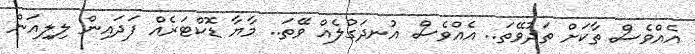
އެއްވެސް ތާކަށް ތަދުވޭތަ.. އެއްވެސް އުނދަގުލެއް ވޭތަ.. މާޔާ ޑޮކްޓަރެއް ފަދައިން ލިލިއަން